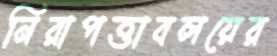
নিরাপত্তাবলয়ের